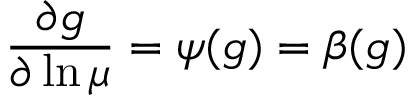
\displaystyle { \frac { \partial g } { \partial \ln \mu } } = \psi ( g ) = \beta ( g )